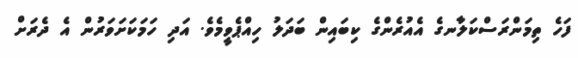
ފަހެ ތިމަންރަސްކަލާނގެ އެއުރެންގެ ކިބައިން ބަދަލު ހިއްޕެވީމެވެ. އަދި ހަމަކަށަވަރުން އެ ދެރަށް